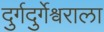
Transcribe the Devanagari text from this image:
दुर्गदुर्गेश्वराला